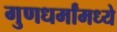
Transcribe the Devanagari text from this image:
गुणधर्मांमध्ये